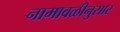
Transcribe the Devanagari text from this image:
नामावळीनुसार